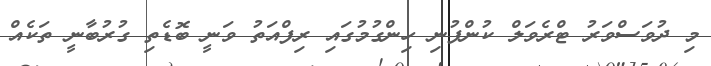
މި ދުވަސްވަރު ޓްރެވަލް ކުންފުނި ހިންގުމުގައި ރިފްއަތު ވަނީ ބޮޑެތި ގުރުބާނީ ތަކެއް